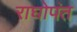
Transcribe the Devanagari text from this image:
राघोपंत